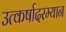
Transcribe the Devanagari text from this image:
उत्कर्षादरम्यान